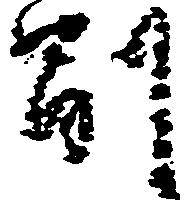
副